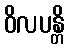
ဝိလပန္တိ